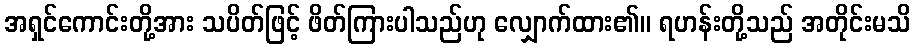
အရှင်ကောင်းတို့အား သပိတ်ဖြင့် ဖိတ်ကြားပါသည်ဟု လျှောက်ထား၏။ ရဟန်းတို့သည် အတိုင်းမသိ